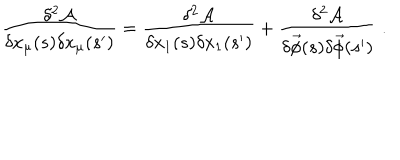
\frac { \delta ^ { 2 } \mathcal { A } } { \delta x _ { \mu } ( s ) \delta x _ { \mu } ( s ^ { \prime } ) } = \frac { \delta ^ { 2 } \mathcal { A } } { \delta x _ { 1 } ( s ) \delta x _ { 1 } ( s ^ { \prime } ) } + \frac { \delta ^ { 2 } \mathcal { A } } { \delta \vec { \phi } ( s ) \delta \vec { \phi } ( s ^ { \prime } ) } \; .